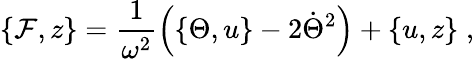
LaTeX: \{ \mathcal{F},z\} =\frac{{1}}{{\omega^{2}}}\left(\{ \Theta,u\} -2\dot{{\Theta}}^{2}\right)+\{ u,z\} \; ,